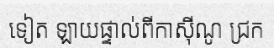
ទៀត ឡាយផ្ទាល់ពីកាស៊ីណូ ជ្រក